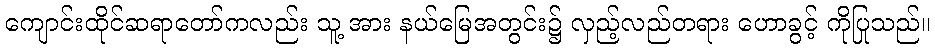
ကျောင်းထိုင်ဆရာတော်ကလည်း သူ့ အား နယ်မြေအတွင်း၌ လှည့်လည်တရား ဟောခွင့် ကိုပြုသည်။